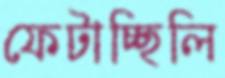
ফেটাচ্ছিলি